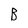
Character: B